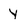
Character: y